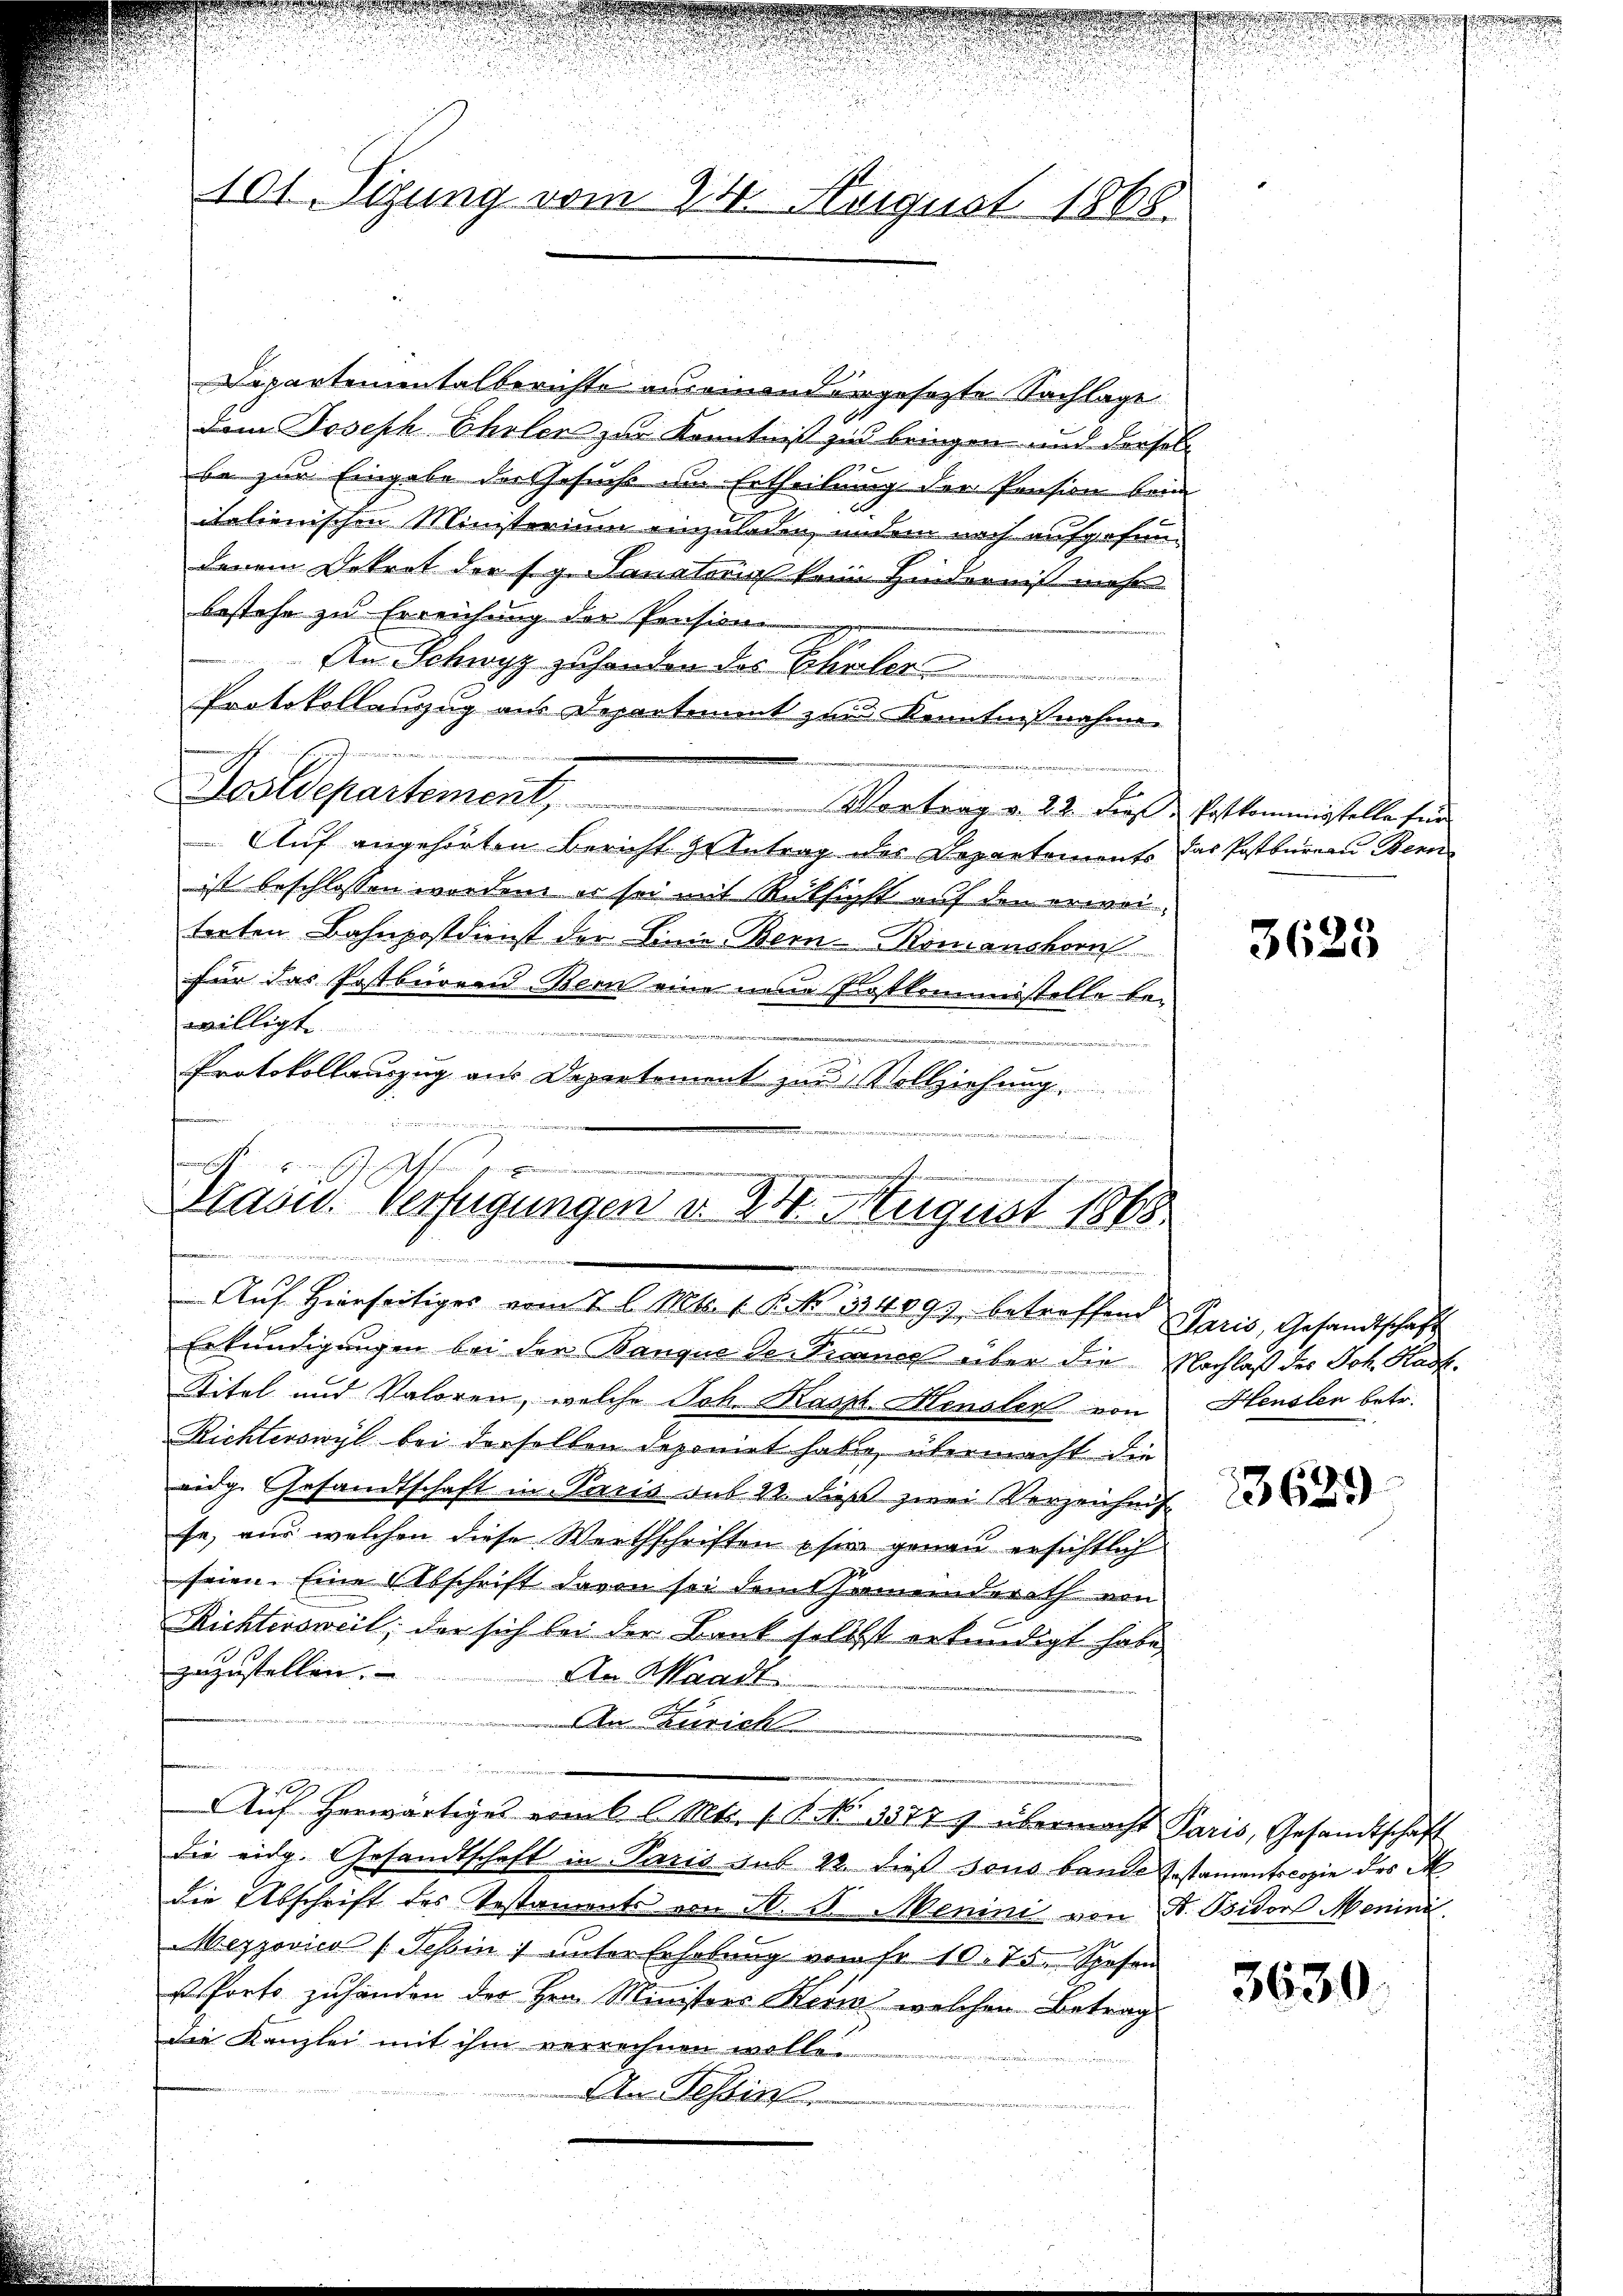
101 Sizung vom 24. August 1868.

Dapartementalberichte auseinandergesezte Nachlage
dem Joseph Cholen zur Kenntniß zu bringen und dersel
be zur Eingabe der Gesuche im Ertheilung der Pension beim
italienischen Ministerium einzuladen, andem noch aufgefundenem Dekret der Eg. Sanatoris kein Hinderniß mehr
bestehe zu Erreichung der Pension
An Schwyz zuhanden das Echalere
ee eine
Protokollenzug aus Departement zur Kenntnißnahme
Primonieren Brennen.
Postdepartement,
Vortrag v. 23. diese Postkommisstelle für |
Auf angehörten Bericht zu Antrag des Departements das Postbureau Bern
ist beschlossen worden, es sei mit Rüksicht auf den erweitreten Bahnpostdienst der Linie Bern Romanshorn
für das Postbürend Bern eine neue Protkommisstelle be-
t
i
eme
Protokollauszug aus Depertement zu Vollziehung.
.

i
ho
2
f
ree der
ienen
Stain. Verfügungen d. 24 August 1868
.................
Aŭf Hierseitiges vom 7 l. Mts. 1. P. Nr. 334093 betreffend Paris, Gesandtschaft

Erkundigungen bei der Banque de Prancs über die Nachlaß des Joh. Hast.
Titel und Valoren, welche Joh. Kasp. Hensler von
Richterswyl bei derselben deponirt haben, übermacht die
eidg. Gesandtschaft in Paris sub 22. dies zwei Verzeichnis
fa, aus welchen diese Werthschriften hier genau ersichtlich
seien. Eine Abschrift davon sei dem Gemeinderath von
Richtersweil, der sich bei der Bank selbst erkundigt habe
zuzustellen.
An Waadt.
An Zürich
se
E
Auf herwärtiges vom 6. l. Mts. 1 S. 33774 übermacht Paris, Gesandtschaft
die eidg. Gesandtschaft in Paris sub 22. dies sous bande Instamentscopie des M
die Abschrift des Testaments von A. B. Menini von F. Bsidor Menini.
Mezzovico (Schin) unter Erhebŭng vom fr. 10. 75. Sposan
s Porto zuhanden der Hrn. Ministers Herin welchen Betrag
die Kanzlei mit ihm verrechnen wolle.
An Tessin

.
g

3625

Heusler betr.

3629

3630.